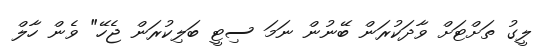
ލީގު ތަށްޓަށް ވާދަކުރަން ބޭނުން ނަމަ ސިޓީ ބަލިކުރަން ޖެހޭ" ވެން ހާލް